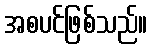
အစပင်ဖြစ်သည်။